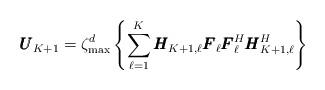
LaTeX: \begin{align*} \pmb{U}_{K+1} = \zeta_{\max}^d\left\{\sum\limits_{\ell=1}^{K}\pmb{H}_{K+1,\ell}\pmb{F}_\ell\pmb{F}_\ell^H\pmb{H}_{K+1,\ell}^H\right\}\end{align*}